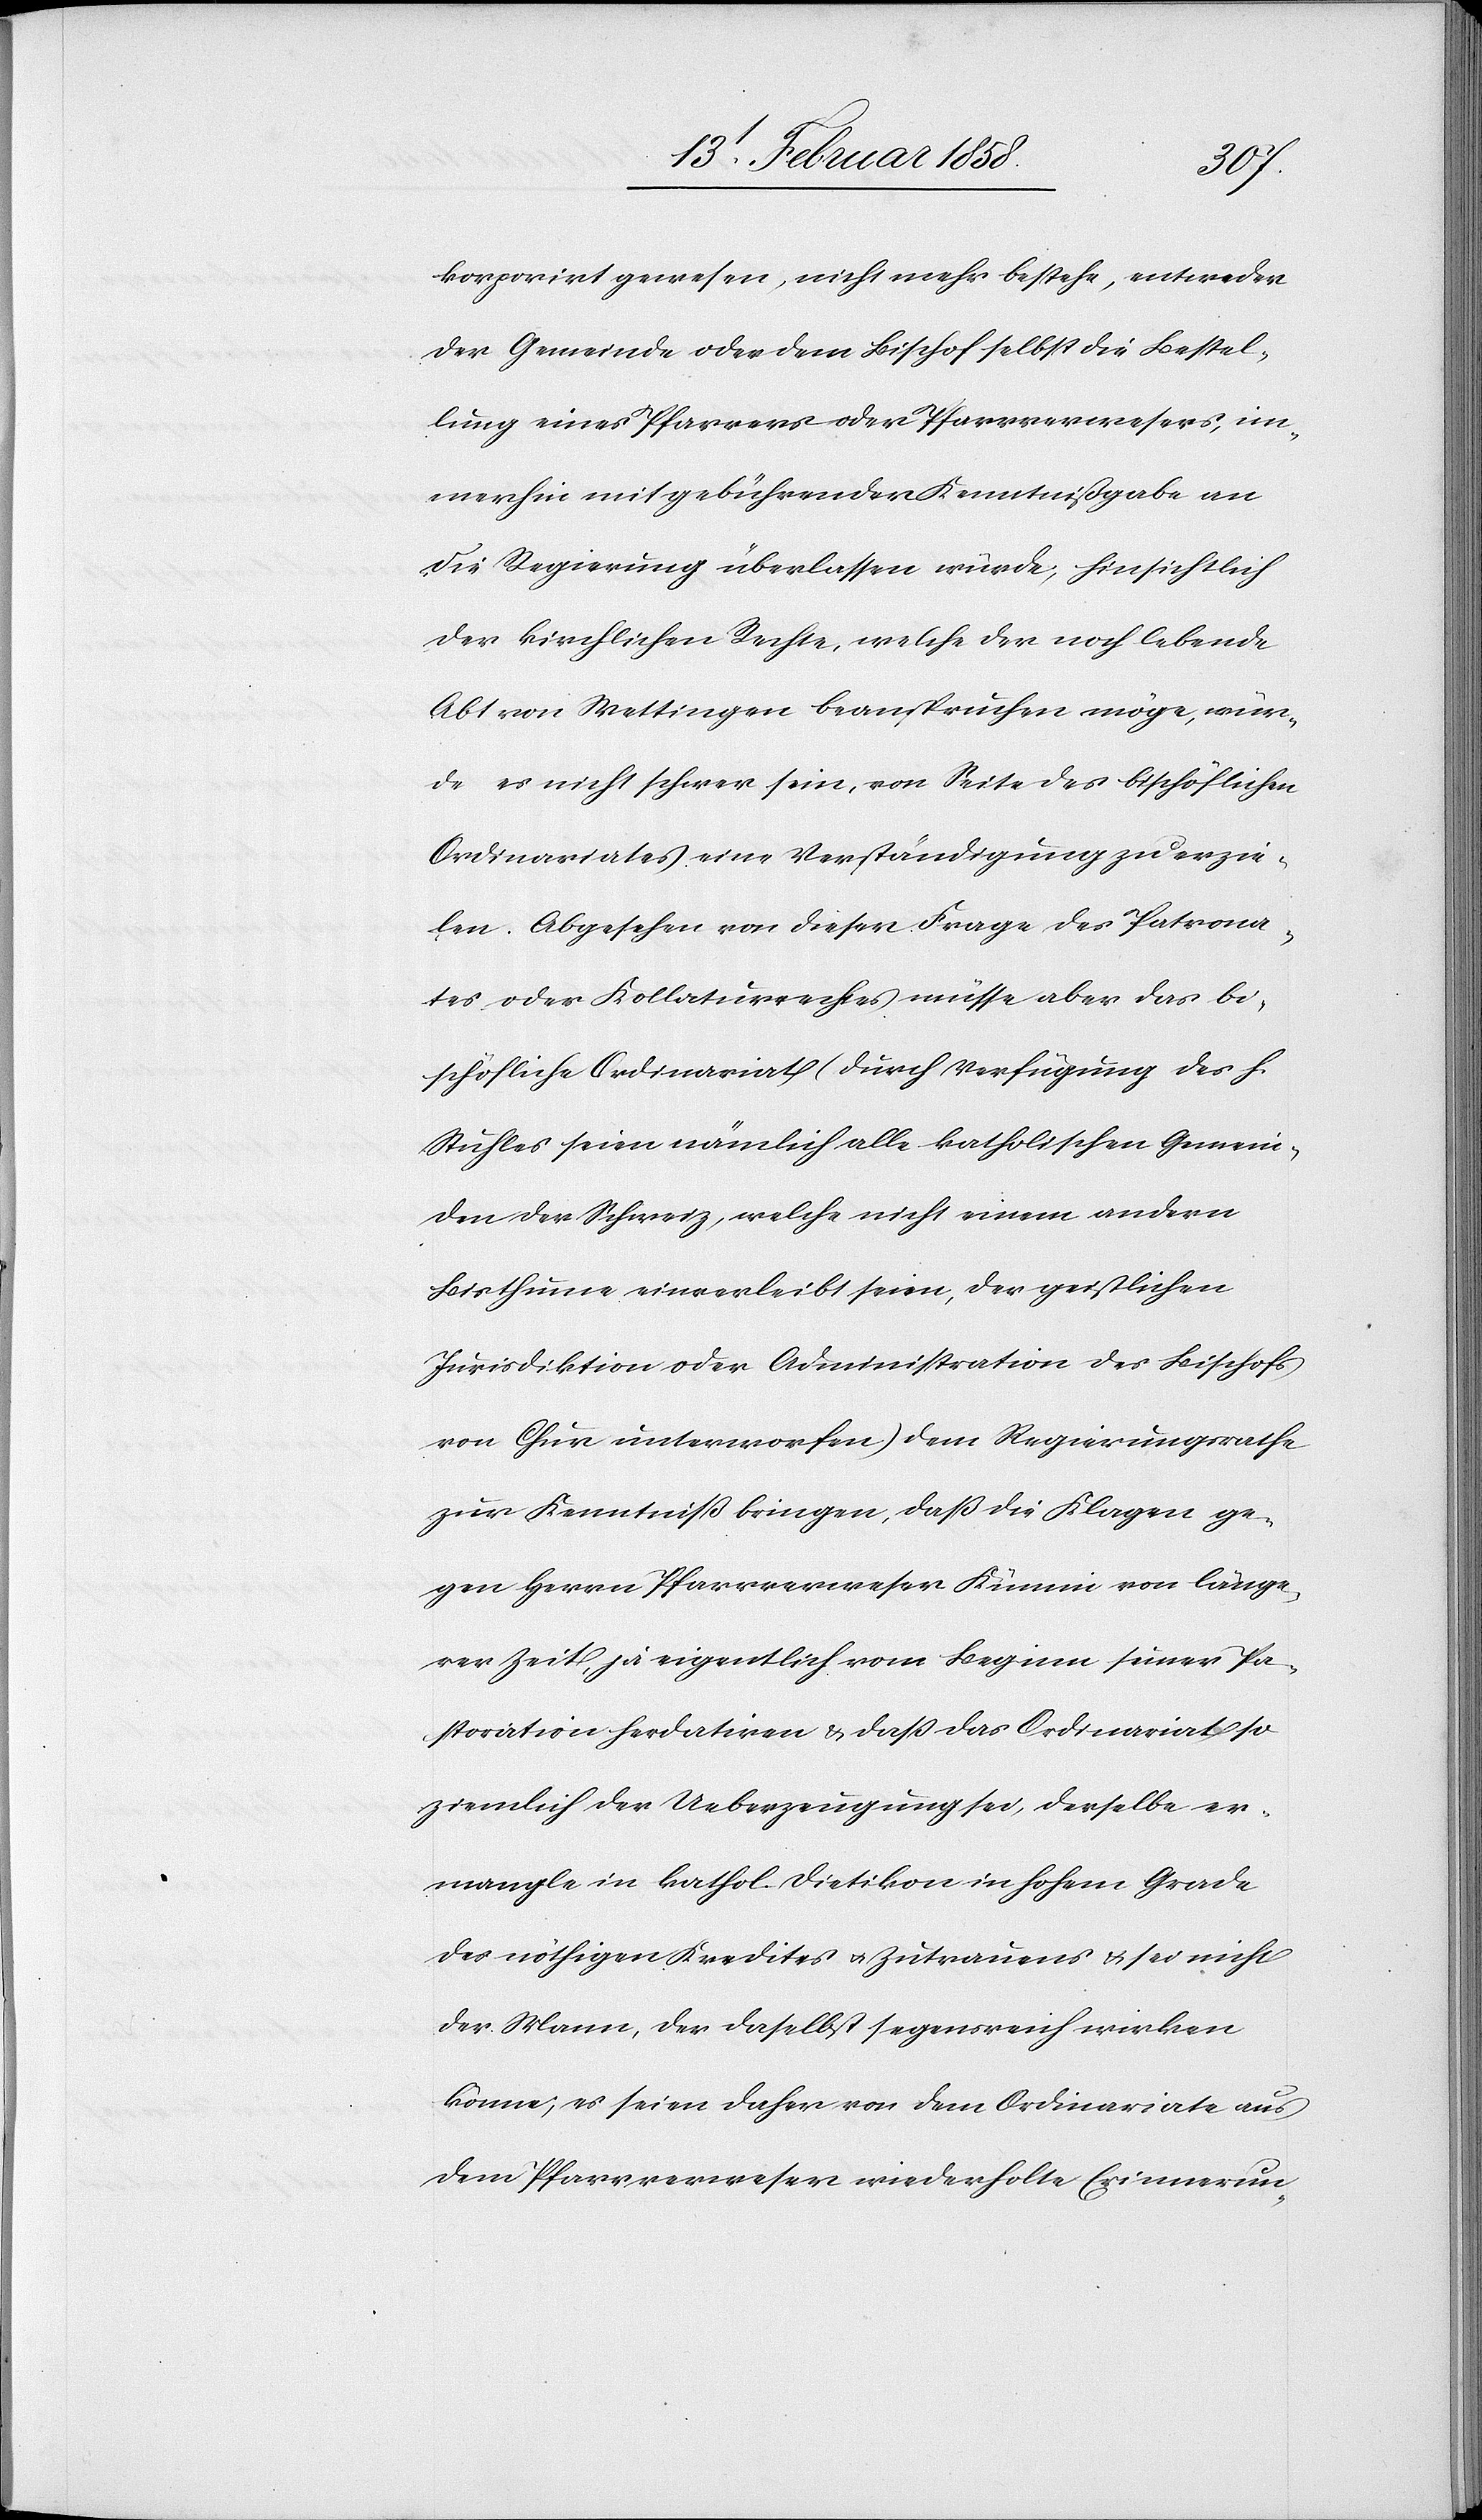
korporirt gewesen, nicht mehr bestehe, entweder
der Gemeinde oder dem Bischof selbst die Bestel¬
lung eines Pfarrers oder Pfarrverwesers, im¬
merhin mit gebührender Kenntnißgabe an
die Regierung überlassen würde, hinsichtlich
der kirchlichen Rechte, welche der noch lebende
Abt von Wettingen beanspruchen möge, wür¬
de es nicht schwer sein, von Seite des bischöflichen
Ordinariates eine Verständigung zu erzie¬
len. Abgesehen von dieser Frage des Patrona¬
tes oder Kollaturrechtes müsse aber das bi¬
schöfliche Ordinariat (durch Verfügung des h.
Stuhles seien nämlich alle katholischen Gemein¬
den der Schweiz, welche nicht einem andern
Bisthume einverleibt seien, der geistlichen
Jurisdiktion oder Administration des Bischofs
von Chur unterworfen) dem Regierungsrathe
zur Kenntniß bringen, daß die Klagen ge¬
gen Herrn Pfarrverweser Kümin [sic!] von länge¬
rer Zeit, ja eigentlich vom Beginn seiner Pa¬
storation herdatiren u. daß das Ordinariat so
ziemlich der Ueberzeugung sei, derselbe er¬
mangle in kathol. Dietikon in hohem Grade
des nöthigen Kredites u. Zutrauens u. sei nicht
der Mann, der daselbst segensreich wirken
könne; es seien daher von dem Ordinariate aus
dem Pfarrverweser wiederholte Erinnerun-